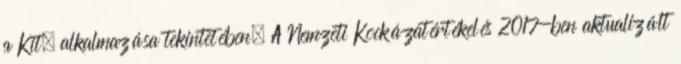
a Kit. alkalmazása tekintetében. A Nemzeti Kockázatértékelés 2017-ben aktualizált